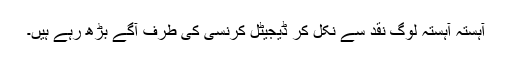
آہستہ آہستہ لوگ نقد سے نکل کر ڈیجیٹل کرنسی کی طرف آگے بڑھ رہے ہیں۔